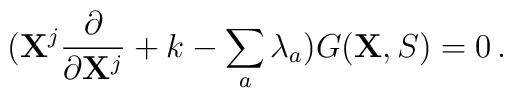
({\bf X}^j\frac{\partial}{\partial {\bf X}^j}+k-\sum_a\lambda_a)G({\bf X},S)=0\,.